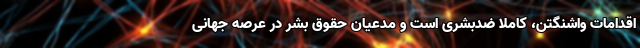
اقدامات واشنگتن، کاملا ضدبشری است و مدعیان حقوق بشر در عرصه جهانی